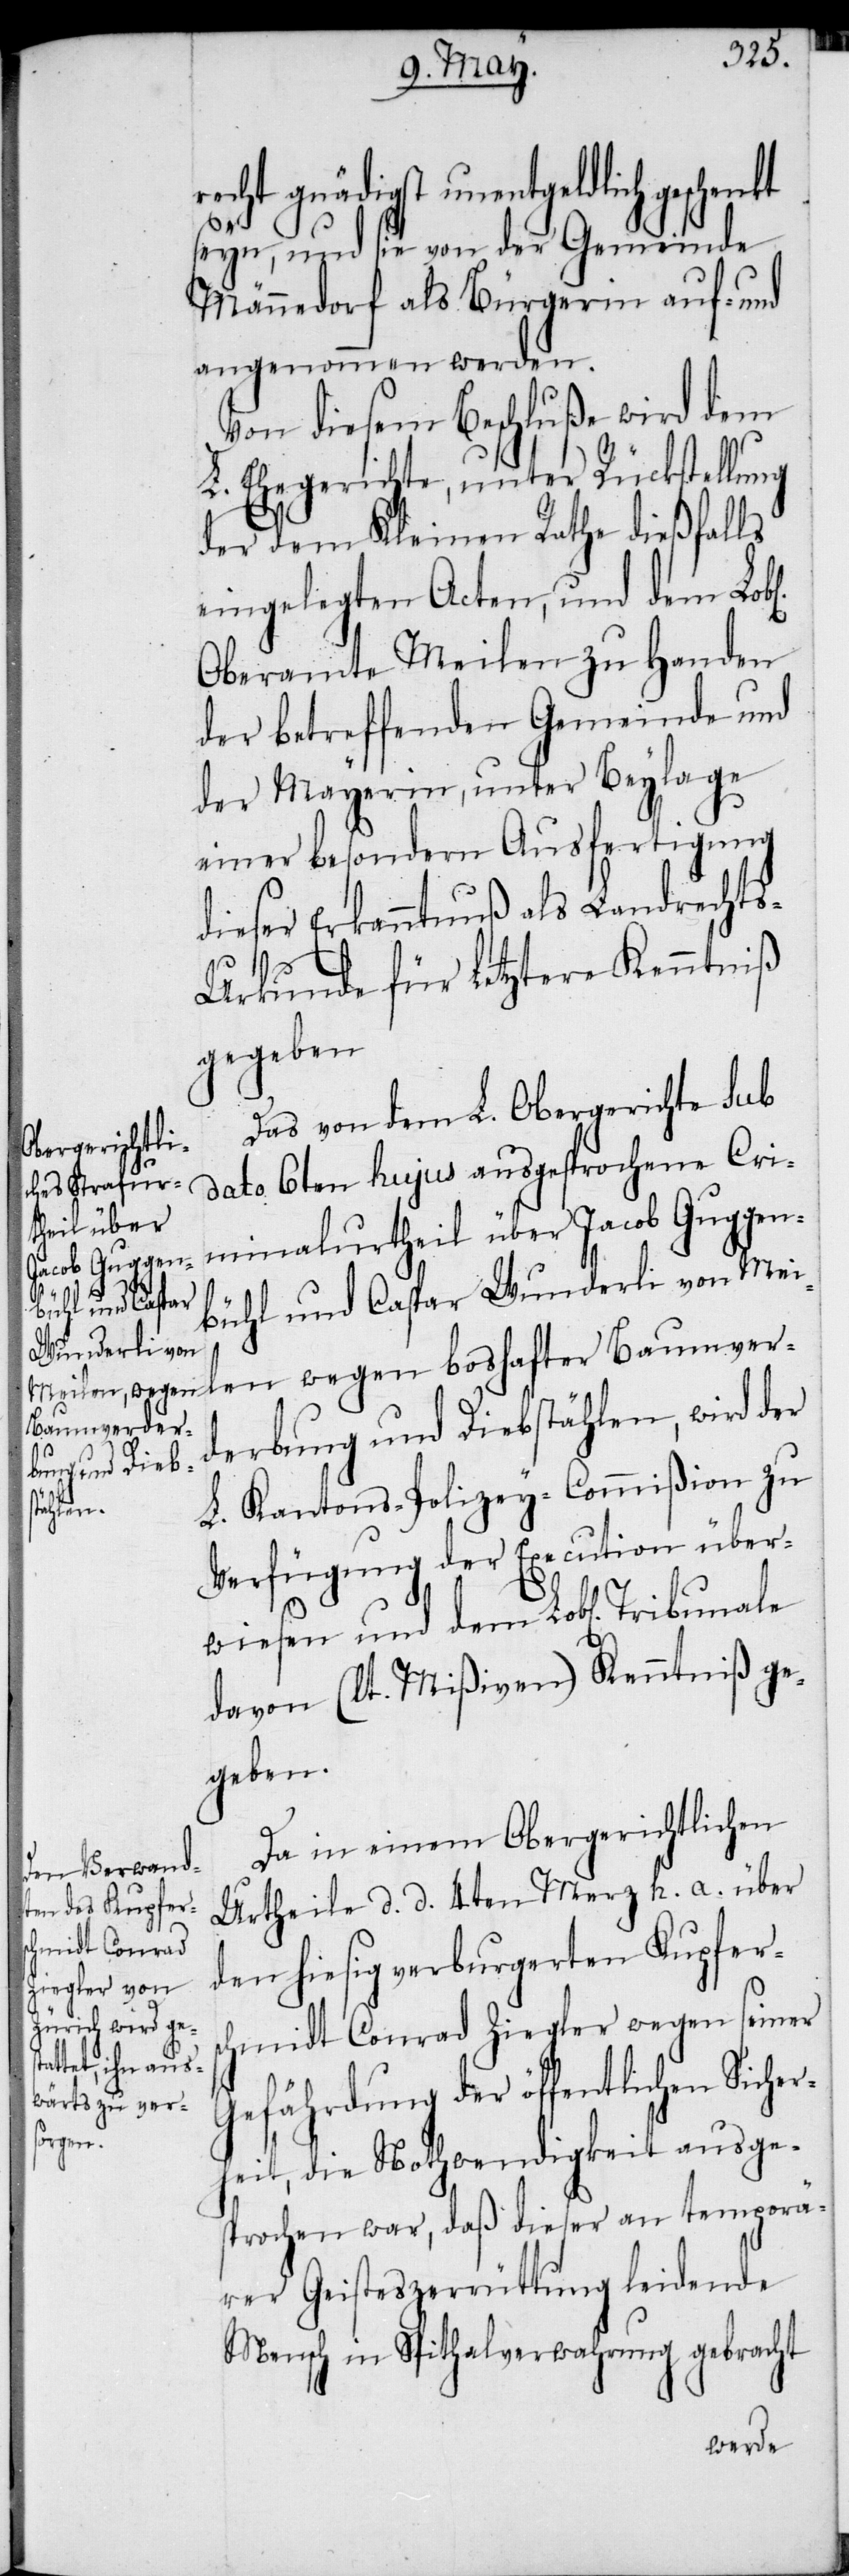
recht gnädigst unentgeldlich geschenkt
seyn, und sie von der Gemeinde
Männedorf als Bürgerin auf- und
angenommen werden.
Von diesem Beschluße wird dem
L. Ehegerichte, unter Rückstellung
der dem Kleinen Rathe dießfalls
eingelegten Acten, und dem Lob¬
Oberamte Meilen zu Handen
der betreffenden Gemeinde und
der Mayerin, unter Beylage
einer besondern Ausfertigung
dieser Erkanntnuß als Landrecht¬
l[i¬
s-Urkunde für Letztere Kenntniß
gegeben.
Das von dem L. Obergerichte sub
dato 6ten hujus ausgesprochene Cri¬
minalurtheil über Jacob Guggen¬
ch¬
bühl und Caspar Wunderli von Mei¬
Baumverde¬
rbung und Diebstählen, wird der
L. Kantons-Polizey-Commißion zu
Verfügung der Execution über¬
wiesen und dem Lobl[ichen]
davon (lt. Mißiven) Kenntniß ge¬
geben.
Da in einem Obergerichtlichen
Urtheile d. d. 4ten Merz h. a. über
den hiesig verburgerten Kupfers¬
midt Conrad Ziegler wegen seiner
Gefährdung der öffentlichen Siche¬
wegen
rheit, die Nothwendigkeit ausge¬
sprochen war, daß dieser an temporä¬
rer Geisteszerrüttung leidende
Mensch in Spithalverwahrung gebracht